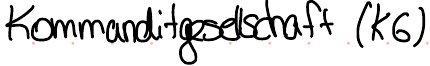
Kommanditgesellschaft (KG